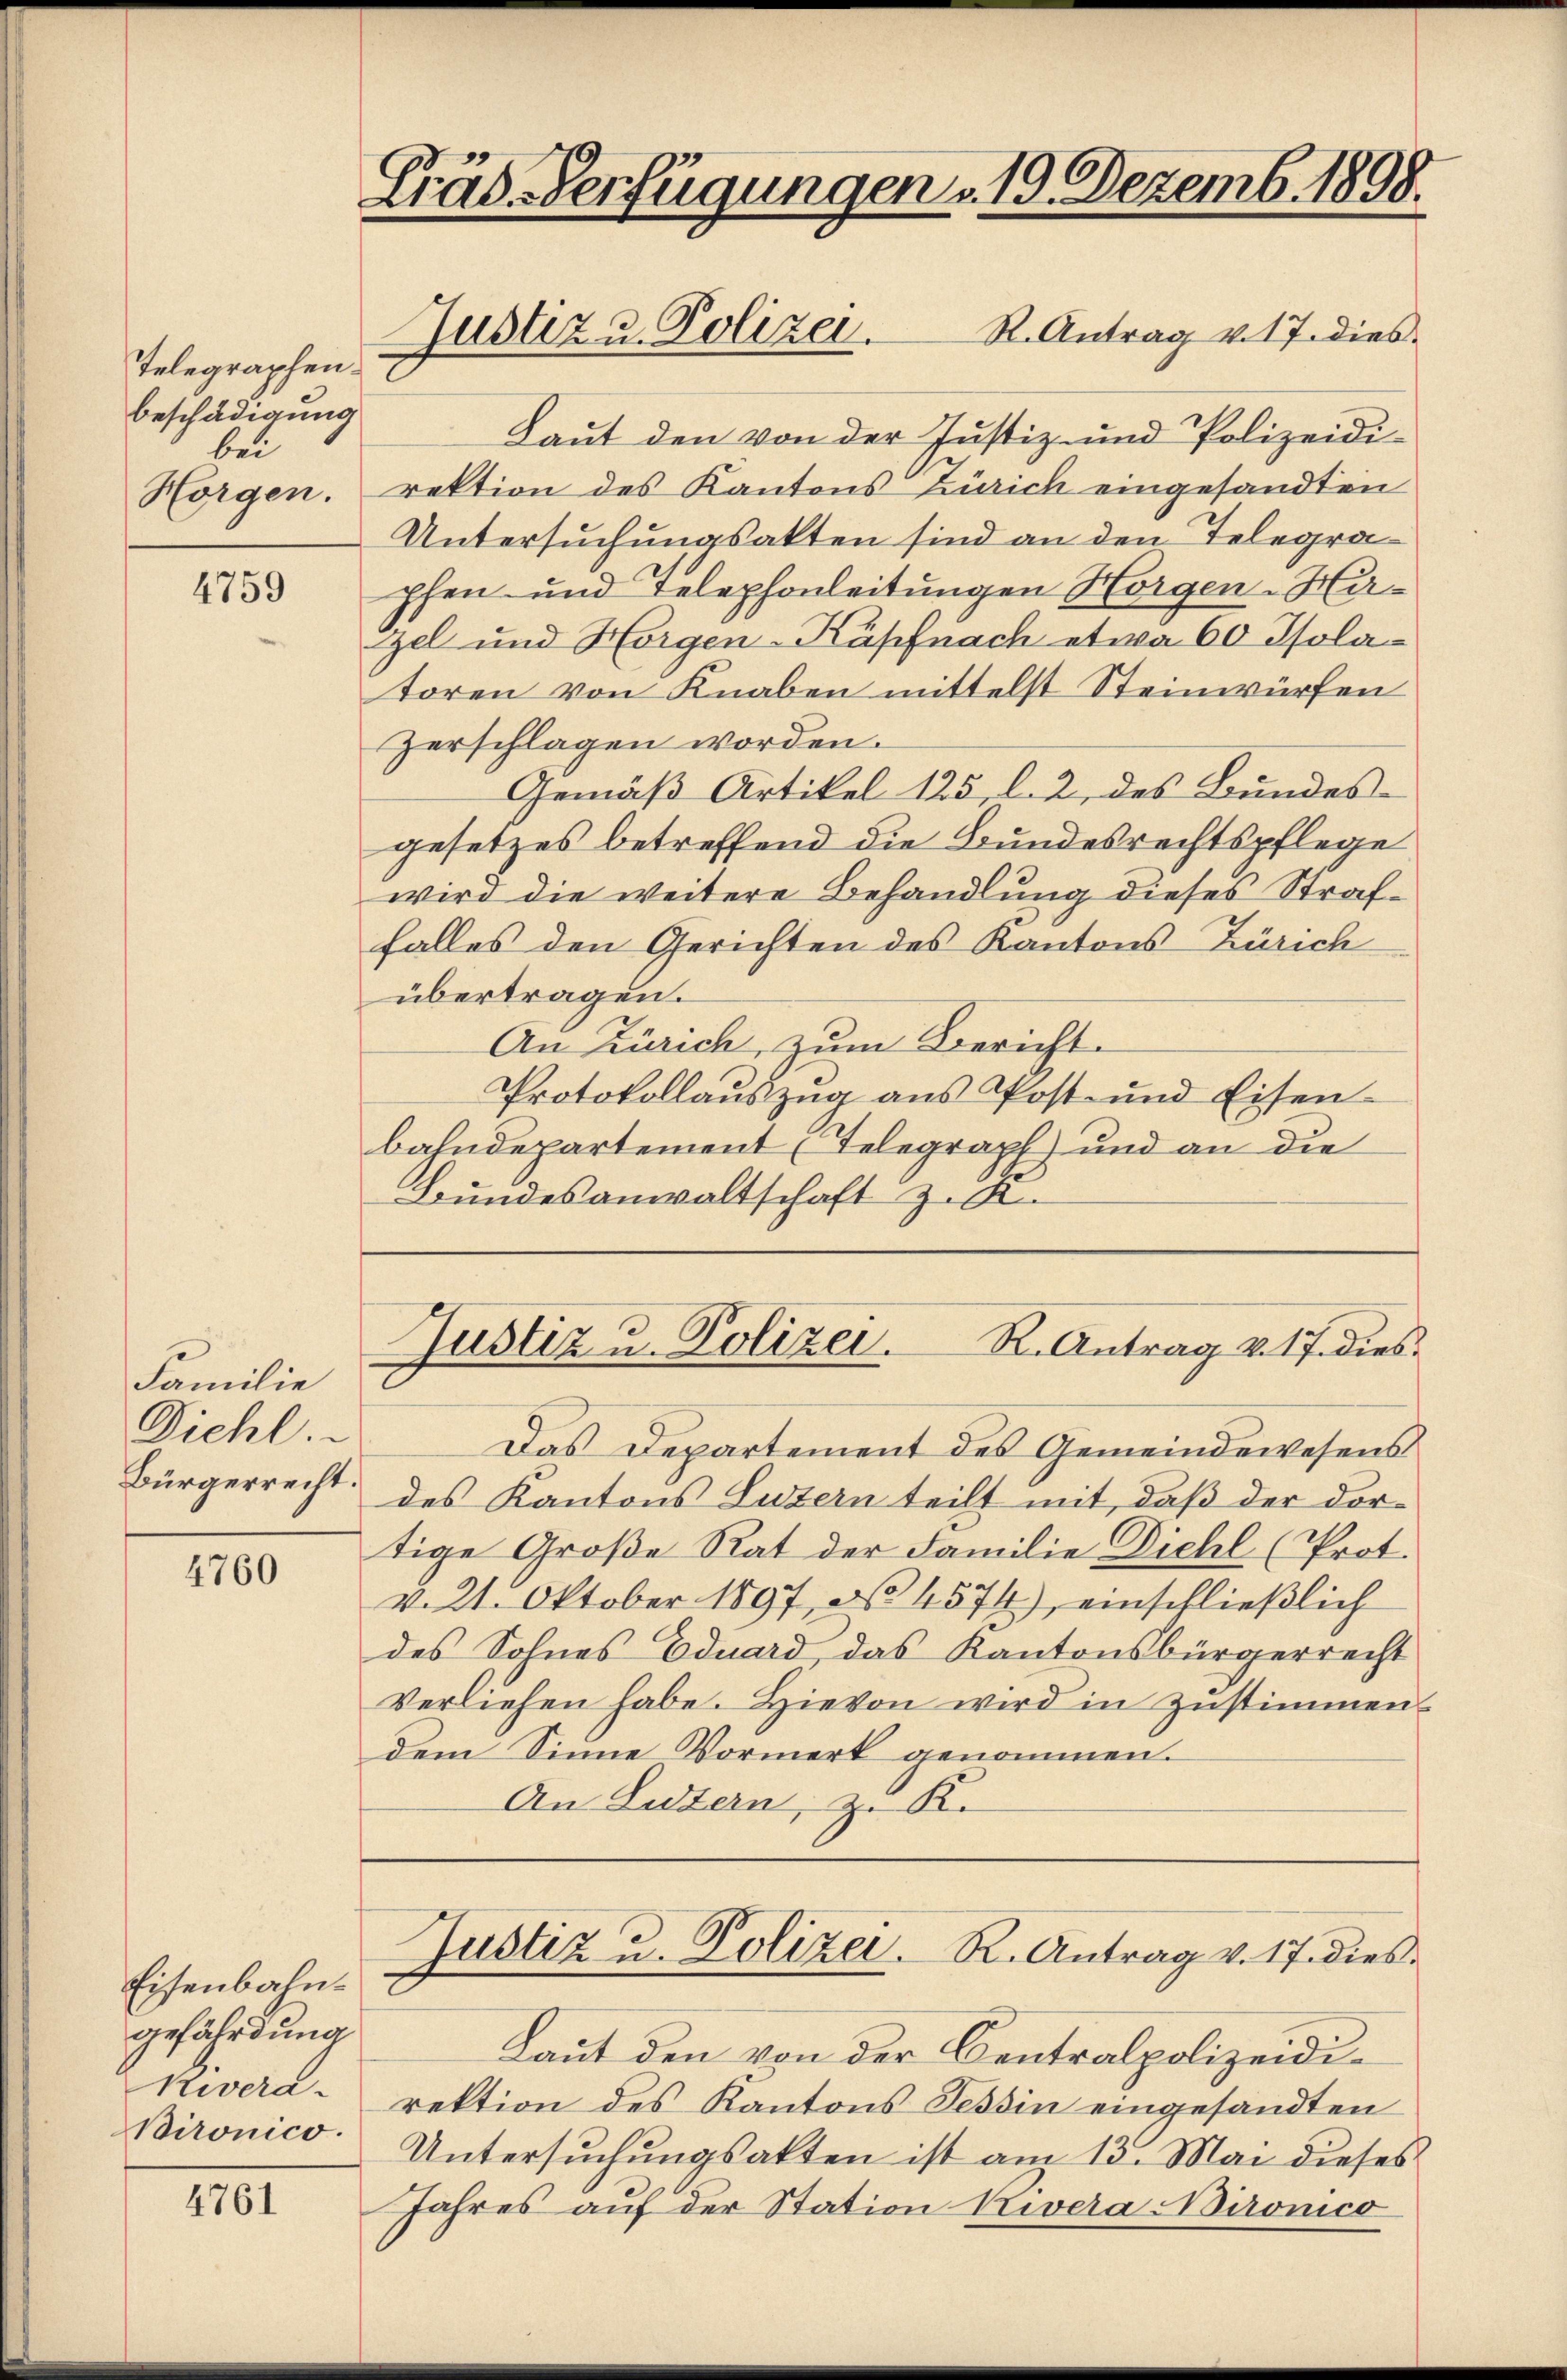
Telegraphen.
beschädigung
bei

4759

Familie
Diehl.
Bürgerrecht.

4760

Eisenbahngefährdung
Kivera-
Bironico.

4761

Gräs-Verfügungen . 19. Dezemb. 1898.

R. Antrag v. 17. dies
Laut den von der Justiz- und Polizeidi¬
Horgen. rektion des Kantons Zürich eingesandten
Untersuchungsakten sind an den Telegraphen und Telephonleitungen Horgen-Häzel und Horgen-Käpfnach etwa 60 Isola
toren von Knaben mittelst Steinwürfen
zerschlagen worden.
Gemäß Artikel 125, l. 2, des Bundes-
gesetzes betreffend die Bundesrechtspflege
wird die weitere Behandlung dieses Straffalles den Gerichten des Kantons Zürich
übertragen.
An Zürich, zum Bericht
Protokollauszug aus Post- und Eisen
bahndepartement (Telegraph) und an die
Bundesanwaltschaft z. R.

Justiz u. Polizei.

Justiz u. Polizei.
R. Antrag v. 17. dies

Das Departement des Gemeindewesens
des Kantons Luzern teilt mit, daß der dortige Große Rat der Familie Diehl (Prot.
v. 21. Oktober 1897, No 4574), einschließlich
des Sohnes Eduard, das Kantonsbürgerrecht
verliehen habe. Hievon wird in zustimmen
dem Sinne Vormerk genommen.
An Luzern, z. K.
Justiz u. Polizei. R. Antrag v. 17. dies
Laut den von der Centralpolizeidirektion des Kantons Tessin eingesandten
Untersuchungsakten ist am 13. Mai dieses
Jahres auf der Station kivera Aironico